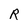
Character: R